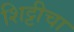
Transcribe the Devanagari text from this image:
शिट्टीचा